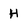
Character: H